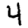
Digit: 4